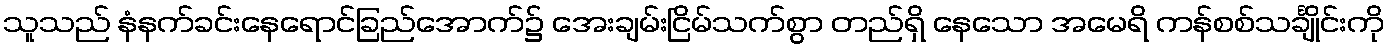
သူသည် နံနက်ခင်းနေရောင်ခြည်အောက်၌ အေးချမ်းငြိမ်သက်စွာ တည်ရှိ နေသော အမေရိ ကန်စစ်သင်္ချိုင်းကို